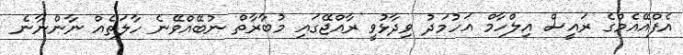
އެފްއޭއެމްގެ ރައީސް އިލްހާމް އަހުމަދު ވިދާޅުވީ ރާއްޖޭގައި މުބާރާތް ނުބޭއްވޭނެ ހާލަތެއް ނާންނާނެ